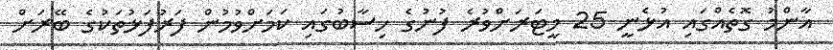
އާންމު ގޮތެއްގައި އުޅެނީ 25 މީޓަރަށްވުރެ ފުނުގެ ހިސާބުގައި ކަމަށްވުމުން ފަރުފަޅުތަކުގެ ބޭރަށް